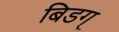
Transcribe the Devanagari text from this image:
बिडग्